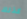
كذلك